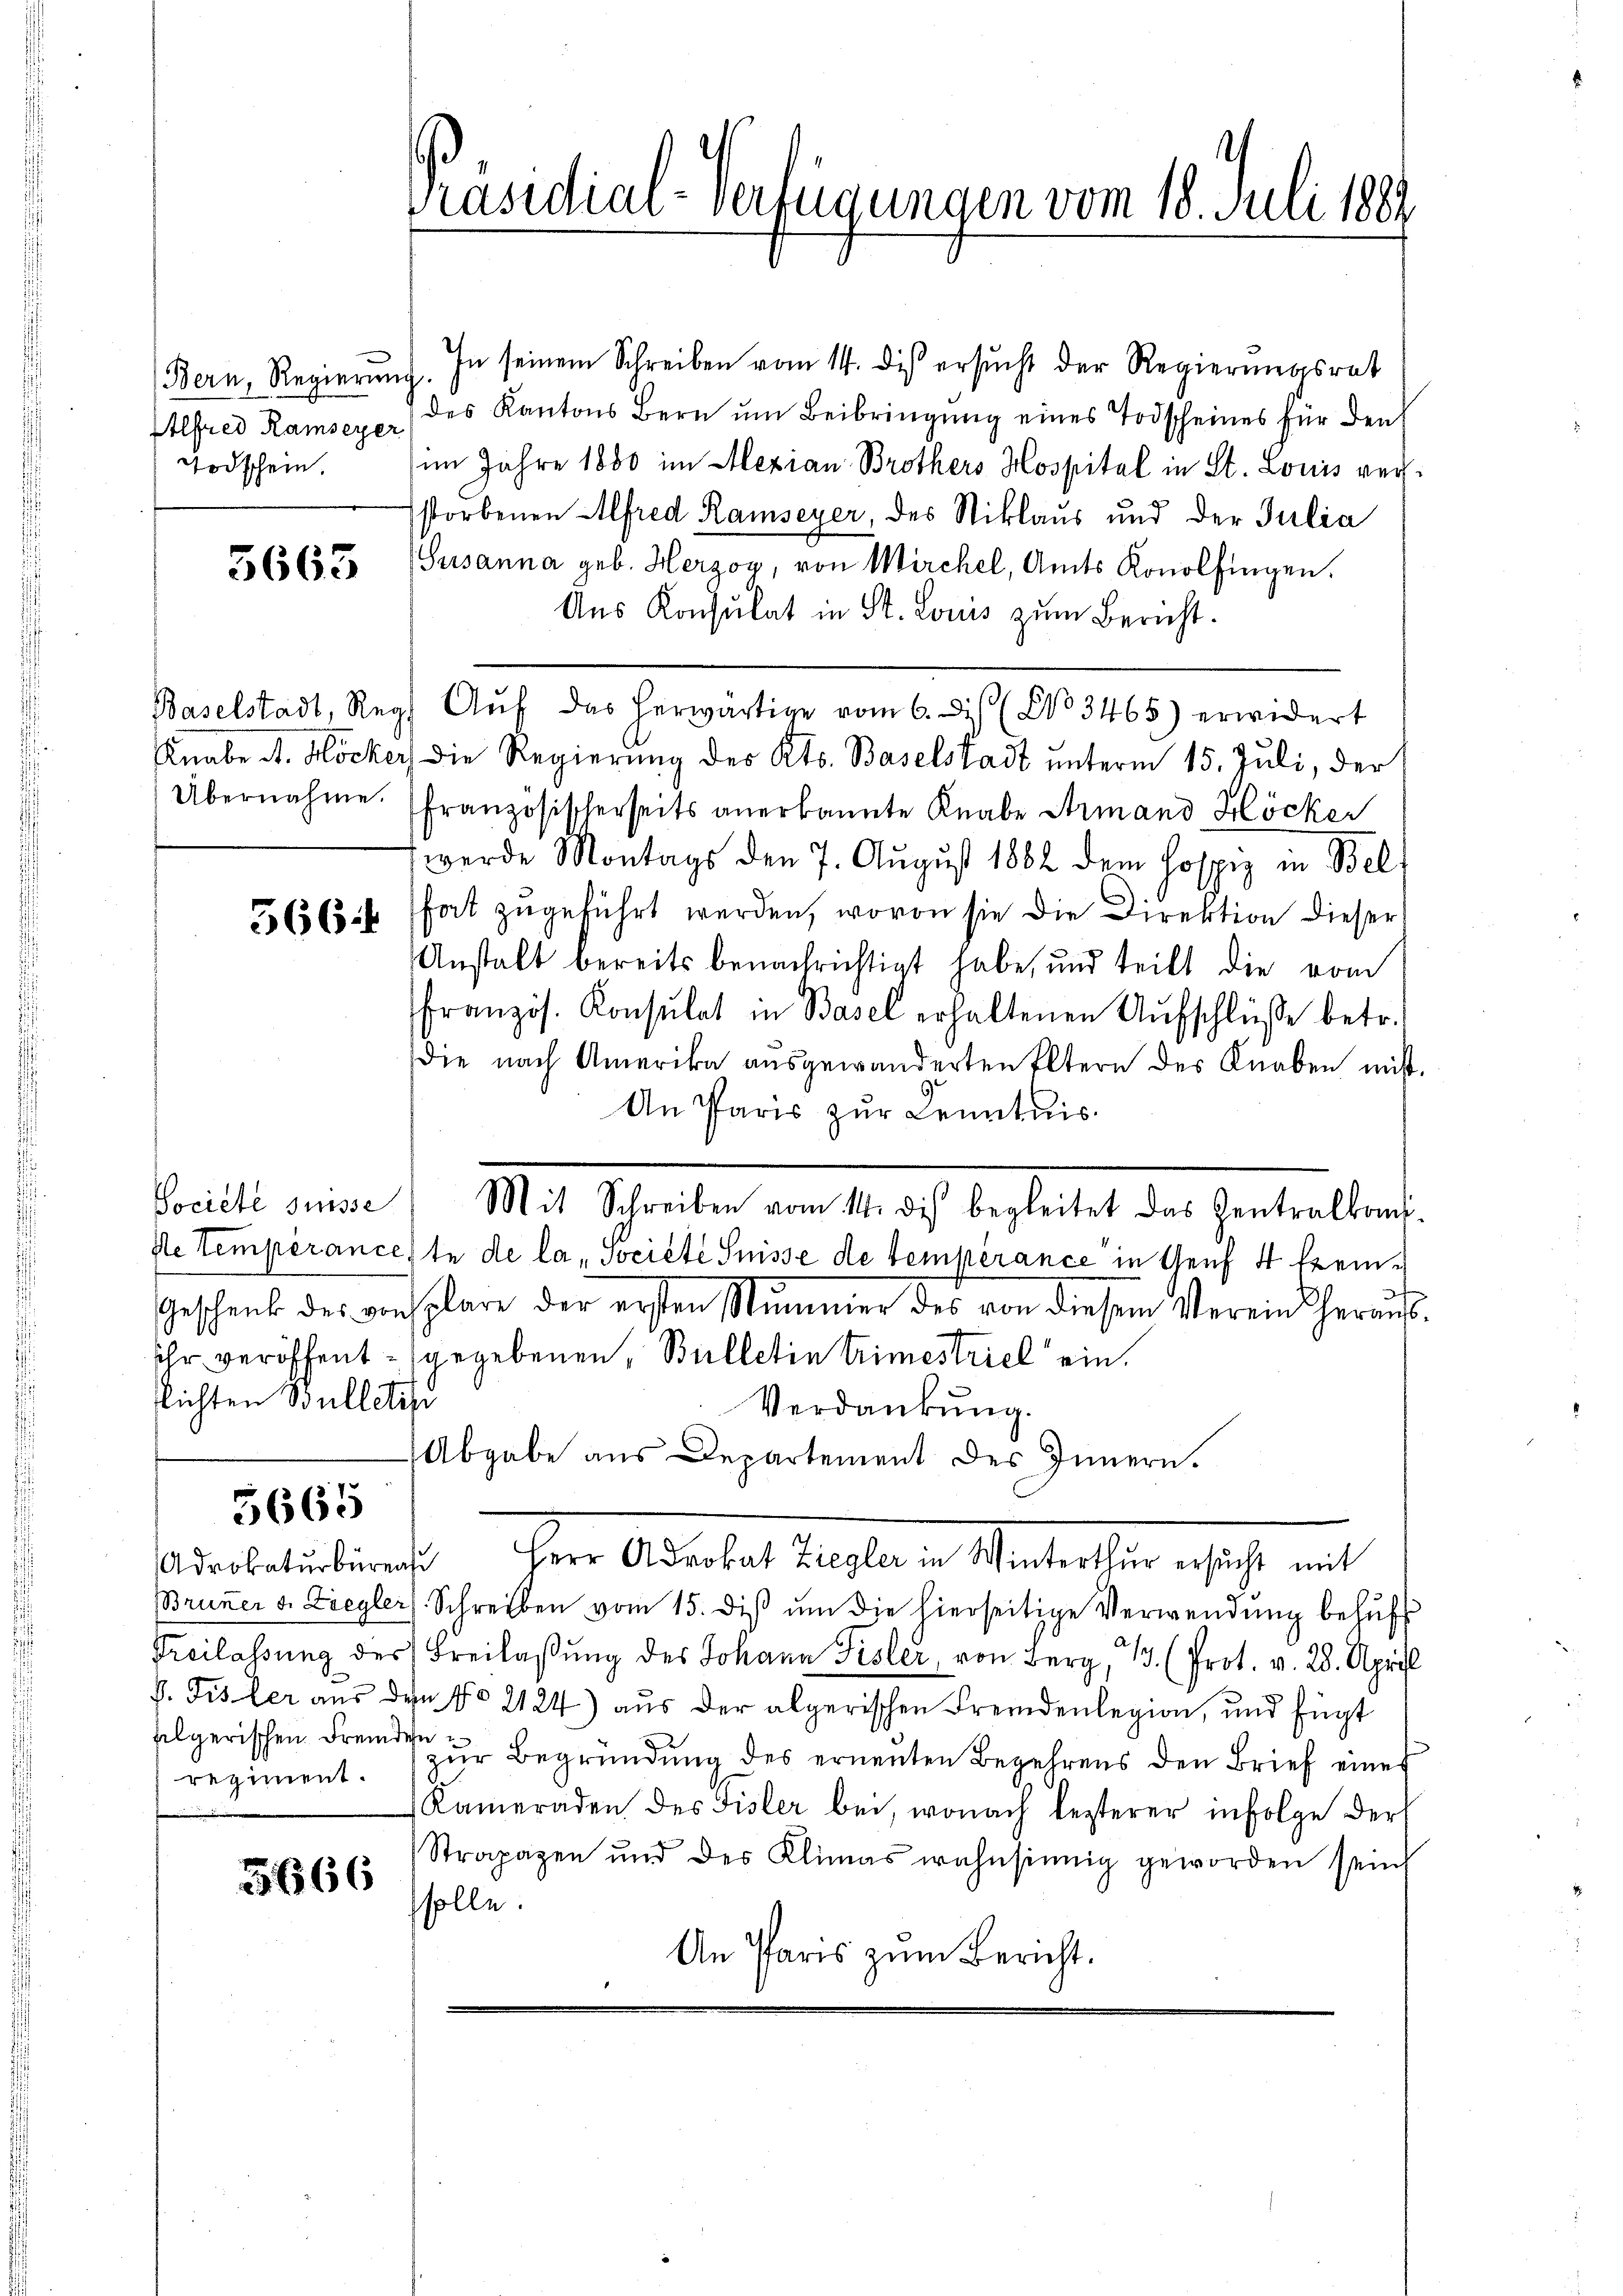
Bern, Regierung

3663

In seinem Schreiben vom 14. dies ersucht der Regierungsrat
Alfred Ramsexe des Kantons Bern ŭm Beibringŭng eines Todscheines für den
Todschein. (im Jahre 1880 im Mezian Brothers Hospital in St. Louis verstorbenen Alfred Ramseyer, des Niklaus und der Julia
Susanna geb. Herzog, von Mirchel, Amts Konolfingen.
Aus Konsulat in St. Louis zum Bericht.
Baselstadt, Reg. Aŭf das herwärtige vom 6. is (No 3465) erwidert
Knabe A. Höcker, die Regierung des Kts. Baselstadt unterm 15. Juli, der
Übernahme. (Französischerseits anerkannte Knabe Armand Höcker
werde Montags den 7. Aŭgŭst 1882 dem Hospiz in Bel
fat zugeführt werden, wovon sie die Direktion dieser
Anstalt bereits benachrichtigt habe, und teilt die vom
französ. Konsulat in Basel erhaltenen Aŭfschlüsse betr.
die nach Amerika ausgewanderten Eltern des Knaben mitt
An Paris zŭr Kenntnis
Société suisse Mit Schreiben vom 14. dis begleitet das Zentralkom
de temperanceste de la Societe Suisse de temperance in Genf 4 Exem¬
Geschenk des vonsplare der ersten Stimmer des von diesem Verein herausihr veröffent- (gegebenen, Bulletin trimestriel ein.
Richten Bulletir
Verdankung.
Abgabe aus Departement des Innern.
5665
iherr Secretaet Haselbe in Materlin, es ist mit
Adrokaturbüreau
Brunner v. Ziegler) Schreiben vom 15. diβ ŭm die hierseitige Verwendŭng behŭf
Freilassung des Freilassung des Johann Fisler, von Berg, 13. (Prot. v. 28. April
f. Fisler aus den No 2124) aus der abgerischen Fremdenlegion, und fügt
algerischen Fremden
zŭr Begründung des erneuten Begehrens den Brief eines
regiment.
Kameraden des Fisler bei, wonach lezterer infolge der
Strapazen und der Klimas wahnsinnig geworden sein
5666
solle.
An Paris zŭm Bericht.

566

Präsidial-Verfügungen vom 18. Juli 1889